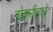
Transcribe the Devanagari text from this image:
नोकरीतले